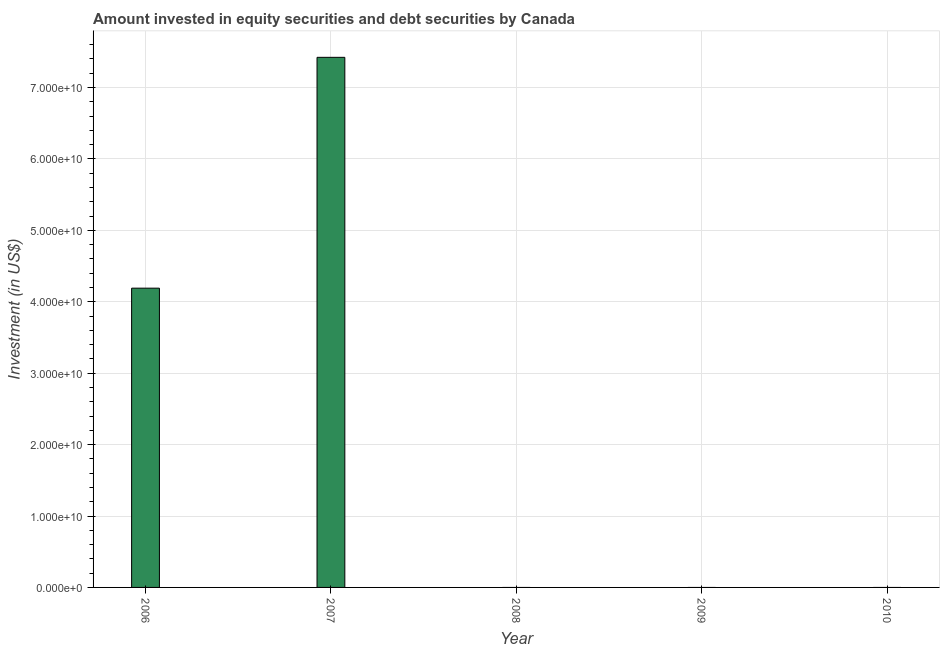
| Year | Portfolio Investment |
 | --- | --- |
 | 2006 | 4.19e+10 |
 | 2007 | 7.42e+10 |
 | 2008 | -4.07e+10 |
 | 2009 | -9.13e+10 |
 | 2010 | -9.63e+10 |